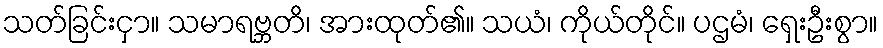
သတ်ခြင်းငှာ။ သမာရဗ္ဘတိ၊ အားထုတ်၏။ သယံ၊ ကိုယ်တိုင်။ ပဌမံ၊ ရှေးဦးစွာ။